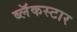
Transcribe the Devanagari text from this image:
ब्लॅकस्टार